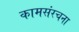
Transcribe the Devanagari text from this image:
कामसंरचना